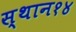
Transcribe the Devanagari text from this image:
स्थान१४